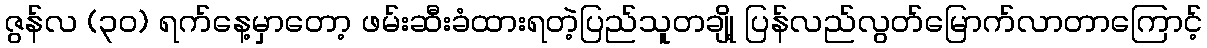
ဇွန်လ (၃၀) ရက်နေ့မှာတော့ ဖမ်းဆီးခံထားရတဲ့ပြည်သူတချို့ ပြန်လည်လွတ်မြောက်လာတာကြောင့်